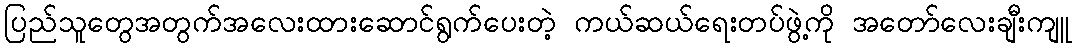
ပြည်သူတွေအတွက်အလေးထားဆောင်ရွက်ပေးတဲ့ ကယ်ဆယ်ရေးတပ်ဖွဲ့ကို အတော်လေးချီးကျူ